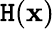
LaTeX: \mathtt{H}(\mathbf{{x}})